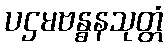
ပဌမဗန္ဓနသုတ္တံ